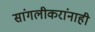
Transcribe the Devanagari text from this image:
सांगलीकरांनाही